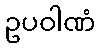
ဥပဝါဏံ